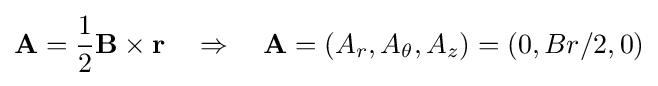
\mathbf {A} ={\frac {1}{2}}\mathbf {B} \times \mathbf {r} \quad \Rightarrow \quad \mathbf {A} =(A_{r},A_{\theta },A_{z})=(0,Br/2,0)